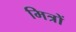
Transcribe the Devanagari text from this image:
मित्रों